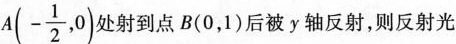
A(- \frac{1}{2},0)处射到点B(0，1)后被y轴反射，则反射光